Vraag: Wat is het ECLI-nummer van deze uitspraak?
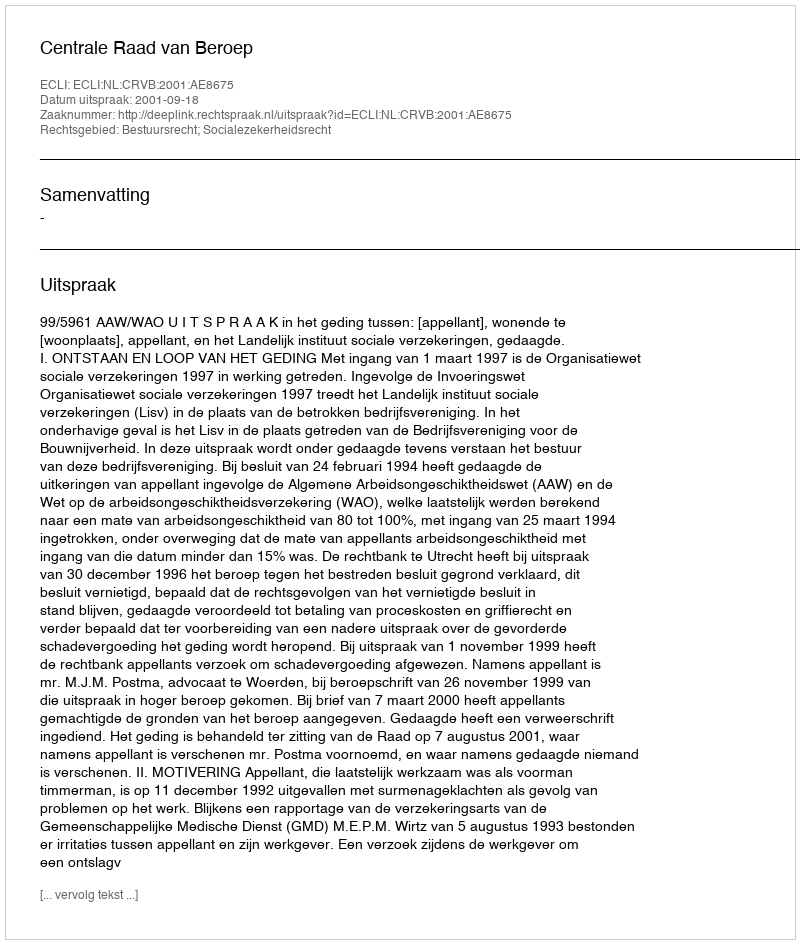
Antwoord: ECLI:NL:CRVB:2001:AE8675